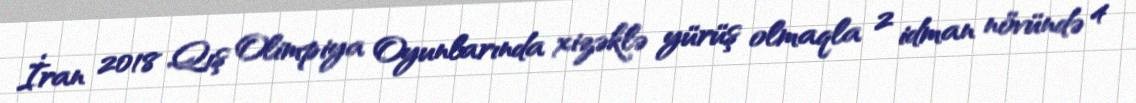
İran 2018 Qış Olimpiya Oyunlarında xizəklə yürüş olmaqla 2 idman növündə 4